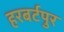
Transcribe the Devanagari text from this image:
हरबर्टपुर